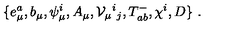
\{ e _ { \mu } ^ { a } , b _ { \mu } , \psi _ { \mu } ^ { i } , A _ { \mu } , { \cal V } _ { \mu } { } ^ { i } { } _ { j } , T _ { a b } ^ { - } , \chi ^ { i } , D \} \ .